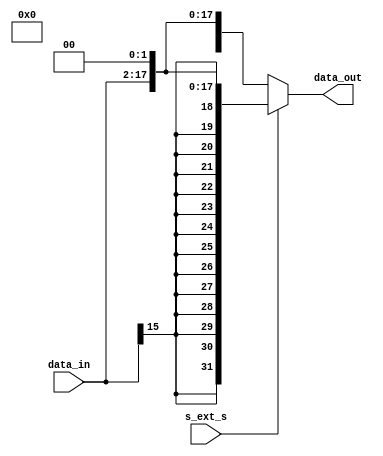
module EXT_18 (
    input s_ext_s, // Means of extention.
    input [15:0] data_in, //Data to input.
    output [31:0] data_out //Data to output.
);
    assign data_out = s_ext_s ? {{14{data_in[15]}}, data_in, 2'b0} : {14'b0, data_in, 2'b0};

endmodule